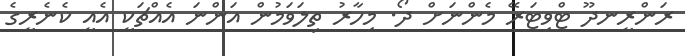
ރަންރީނދޫ ޓްވިޓަރޭ މެންނަށް ދޯ. މިހާރު ތިލަވަމުން އަންނަ އެއްޗަކީ އެއީ ކެނެރީގެ